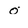
Character: o